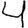
Digit: 4